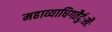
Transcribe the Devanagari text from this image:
महाव्याधिगतैर्दुःखैः